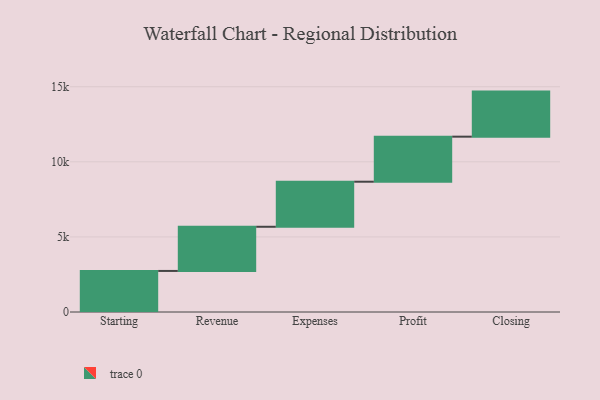
{"axis": {"x": "Step", "y": "Value"}, "legend": [""], "data": [{"x": "Starting", "y": 2734.0, "type": ""}, {"x": "Revenue", "y": 2941.0, "type": ""}, {"x": "Expenses", "y": 3000, "type": ""}, {"x": "Profit", "y": 3000, "type": ""}, {"x": "Closing", "y": 3000, "type": ""}]}